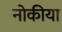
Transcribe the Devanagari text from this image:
नोकीया